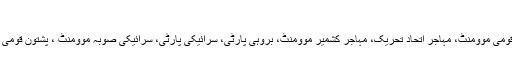
ان جماعتوں کی تعداد 18بنتی ہے اور ان میں یہ نام شامل ہیں:
ہزارہ قومی محاذ، اتحاد ملی ہزارہ، جاموٹ قومی موومنٹ،مہاجر قومی موومنٹ، مہاجر اتحاد تحریک، مہاجر کشمیر موومنٹ، بروہی پارٹی، سرائیکی پارٹی، سرائیکی صوبہ موومنٹ ، پشتون قومی تحریک، ہزارہ ڈیموکریٹ پارٹی، ہزارہ عوامی اتحاد وغیرہ وغیرہ۔